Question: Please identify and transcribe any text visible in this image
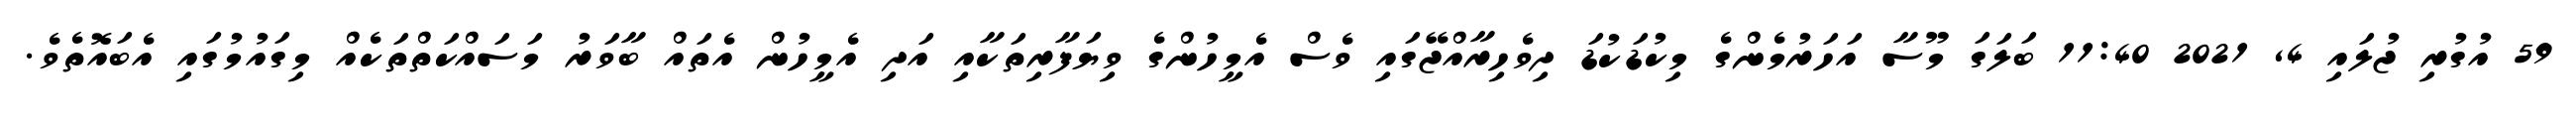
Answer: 59 އުގުރި ޖުލައި 4, 2021 11:40 ބަލަގަ މޫސާ އަހަރުމެންގެ މިކުޑަކުޑަ ދިވެހިރާއްޖޭގައި ވެސް އެމީހުންގެ ވިޔަފާރިތަކާއި އަދި އެމީހުން އެތައް ބާވަރު މަސައްކަތްތަކެއް މިގައުމުގައި އެބައޮތެވެ.